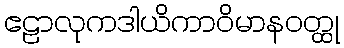
ဧဠာလုကဒါယိကာဝိမာနဝတ္ထု